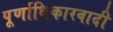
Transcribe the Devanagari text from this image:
पूर्णाधिकारवादी